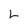
Character: L